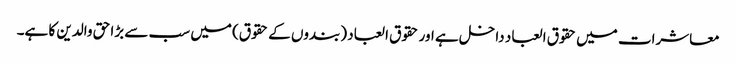
معاشرات میں حقوق العباد داخل ہے اور حقوق العباد (بندوں کے حقوق) میں سب سے بڑا حق والدین کا ہے۔